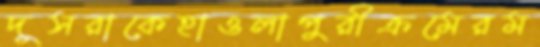
দুসরাকেহাওলাপুরীক্রমেরম